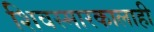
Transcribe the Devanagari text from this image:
शिवस्मारकालाही